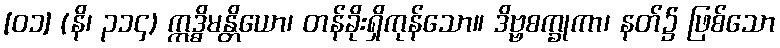
[၀၁] (နိ၊ ၃၁၄) ဣဒ္ဓိမန္တိယော၊ တန်ခိုးရှိကုန်သော။ ဒိဗ္ဗစက္ခုကာ၊ နတ်၌ ဖြစ်သော